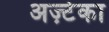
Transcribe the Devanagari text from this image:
अज़्टेका